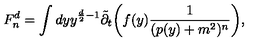
F _ { n } ^ { d } = \int d y y ^ { \frac { d } { 2 } - 1 } { \tilde { \partial } _ { t } } \bigg ( f ( y ) \frac { 1 } { ( p ( y ) + m ^ { 2 } ) ^ { n } } \bigg ) \mathrm { , }